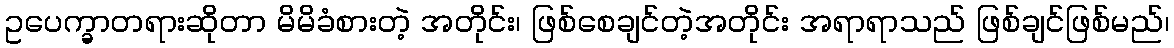
ဥပေက္ခာတရားဆိုတာ မိမိခံစားတဲ့ အတိုင်း၊ ဖြစ်စေချင်တဲ့အတိုင်း အရာရာသည် ဖြစ်ချင်ဖြစ်မည်၊